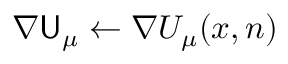
\nabla \mathsf { U } _ { \mu } \gets \nabla U _ { \mu } ( { \boldsymbol { x } } , n )